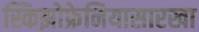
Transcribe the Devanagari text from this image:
स्किझोफ्रेनियासारखा